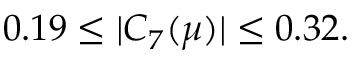
0 . 1 9 \leq \vert C _ { 7 } ( \mu ) \vert \leq 0 . 3 2 .